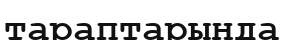
тараптарында